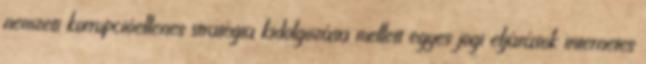
nemzeti korrupcióellenes stratégia kidolgozása mellett egyes jogi eljárások internetes